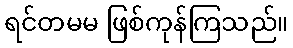
ရင်တမမ ဖြစ်ကုန်ကြသည်။